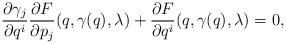
LaTeX: \begin{align*} \frac{\partial \gamma_{j}}{\partial q^i}\frac{\partial F}{\partial p_j}(q,\gamma(q),\lambda)+\frac{\partial F}{\partial q^i}(q,\gamma(q),\lambda)=0,\end{align*}